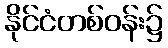
နိုင်ငံတစ်ဝန်း၌